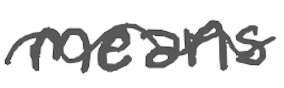
Text: means
Cross-out: wave
Writing tool: digital_gray